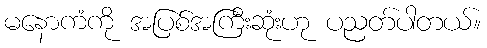
မနောကံကို အပြစ်အကြီးဆုံးဟု ပညတ်ပါတယ်။